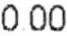
0.00